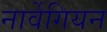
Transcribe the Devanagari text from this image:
नार्वेगियन